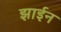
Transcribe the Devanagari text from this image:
झाईन